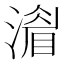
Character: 𣾨